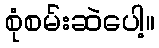
စုံစမ်းဆဲပေါ့။